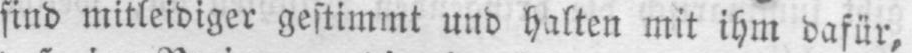
sind mitleidiger gestimmt und halten mit ihm dafür,